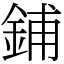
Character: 鋪